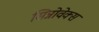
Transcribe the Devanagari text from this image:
सिन्नोवेक्स